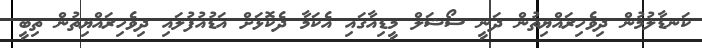
ކަނޑާލުމުން ދިވެހިރައްޔިތުން ދަނީ ސޯޝަލް މީޑިއާގައި އެކަމާ ދެކޮޅަށް އަޑުއުފުލައި ދިވެހިރައްޔިތުން ތިބީ